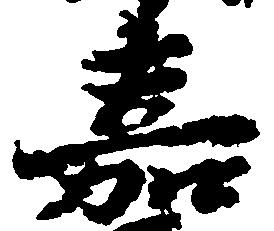
嘉